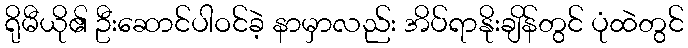
ရိုမီယို၏ ဦးဆောင်ပါဝင်ခဲ့ နာမှာလည်း အိပ်ရာနိုးချိန်တွင် ပုံထဲတွင်